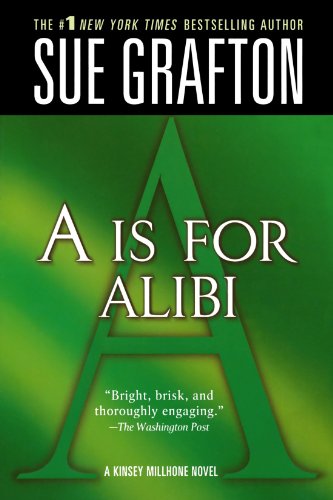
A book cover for A is for Alibi (Kinsey Millhone Alphabet Mysteries, No. 1); Sue Grafton; Mystery, Thriller & Suspense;